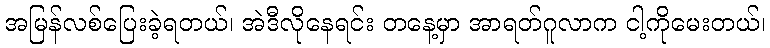
အမြန်လစ်ပြေးခဲ့ရတယ်၊ အဲဒီလိုနေရင်း တနေ့မှာ အာရတ်ဂူလာက ငါ့ကိုမေးတယ်၊